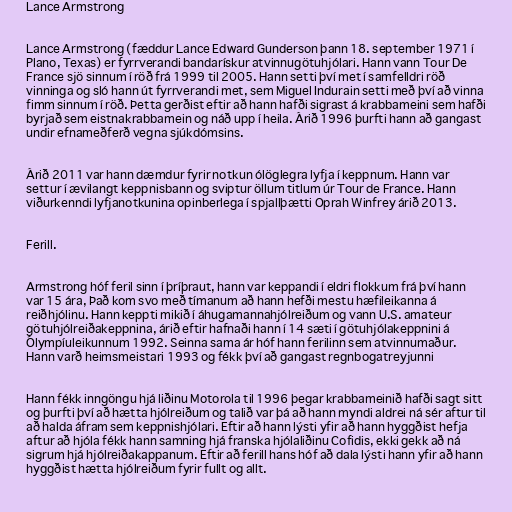
Lance Armstrong

Lance Armstrong (fæddur Lance Edward Gunderson þann 18. september 1971 í
Plano, Texas) er fyrrverandi bandarískur atvinnugötuhjólari. Hann vann Tour De
France sjö sinnum í röð frá 1999 til 2005. Hann setti því met í samfelldri röð
vinninga og sló hann út fyrrverandi met, sem Miguel Indurain setti með því að vinna
fimm sinnum í röð. Þetta gerðist eftir að hann hafði sigrast á krabbameini sem hafði
byrjað sem eistnakrabbamein og náð upp í heila. Árið 1996 þurfti hann að gangast
undir efnameðferð vegna sjúkdómsins.

Árið 2011 var hann dæmdur fyrir notkun ólöglegra lyfja í keppnum. Hann var
settur í ævilangt keppnisbann og sviptur öllum titlum úr Tour de France. Hann
viðurkenndi lyfjanotkunina opinberlega í spjallþætti Oprah Winfrey árið 2013.

Ferill.

Armstrong hóf feril sinn í þríþraut, hann var keppandi í eldri flokkum frá því hann
var 15 ára, Það kom svo með tímanum að hann hefði mestu hæfileikanna á
reiðhjólinu. Hann keppti mikið í áhugamannahjólreiðum og vann U.S. amateur
götuhjólreiðakeppnina, árið eftir hafnaði hann í 14 sæti í götuhjólakeppnini á
Ólympíuleikunnum 1992. Seinna sama ár hóf hann ferilinn sem atvinnumaður.
Hann varð heimsmeistari 1993 og fékk því að gangast regnbogatreyjunni

Hann fékk inngöngu hjá liðinu Motorola til 1996 þegar krabbameinið hafði sagt sitt
og þurfti því að hætta hjólreiðum og talið var þá að hann myndi aldrei ná sér aftur til
að halda áfram sem keppnishjólari. Eftir að hann lýsti yfir að hann hyggðist hefja
aftur að hjóla fékk hann samning hjá franska hjólaliðinu Cofidis, ekki gekk að ná
sigrum hjá hjólreiðakappanum. Eftir að ferill hans hóf að dala lýsti hann yfir að hann
hyggðist hætta hjólreiðum fyrir fullt og allt.